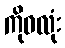
ကိုဝလုံး